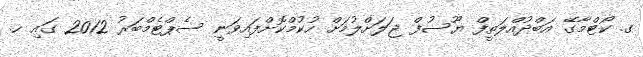
ގ. ކޯޓްމާގޭ އަބްދުއްލަތީފް ޔޫސުފް ޖަލަށްލުމަށް ހުކުމްކޮށްފައިވަނީ ސެޕްޓެމްބަރު 2012 ގައި ހ.